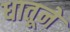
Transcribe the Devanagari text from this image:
धातूने